Civil Veterinary Dept. Bombay admin report 1914-1922 - 1914-1922
Year: 1914
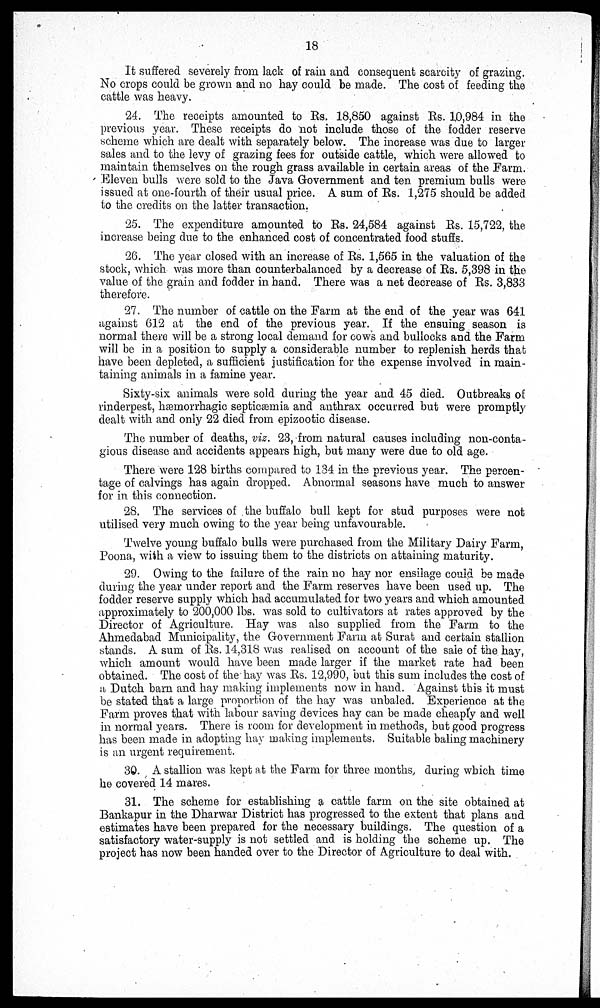
18
It suffered severely from lack of rain and consequent scarcity of grazing.
No crops could be grown and no hay could be made. The cost of feeding the
cattle was heavy.
24. The receipts amounted to Rs. 18,850 against Rs. 10,984 in the
previous year. These receipts do not include those of the fodder reserve
scheme which are dealt with separately below. The increase was due to larger
sales and to the levy of grazing fees for outside cattle, which were allowed to
maintain themselves on the rough grass available in certain areas of the Farm.
Eleven bulls were sold to the Java Government and ten premium bulls were
issued at one-fourth of their usual price. A sum of Rs. 1,275 should be added
to the credits on the latter transaction.
25. The expenditure amounted to Rs. 24,584 against Rs. 15,722, the
increase being due to the enhanced cost of concentrated food stuffs.
26. The year closed with an increase of Rs. 1,565 in the valuation of the
stock, which was more than counterbalanced by a decrease of Rs. 5,398 in the
value of the grain and fodder in hand. There was a net decrease of Rs. 3,833
therefore.
27. The number of cattle on the Farm at the end of the year was 641
against 612 at the end of the previous year. If the ensuing season is
normal there will be a strong local demand for cows and bullocks and the Farm
will be in a position to supply a considerable number to replenish herds that
have been depleted, a sufficient justification for the expense involved in main-
taining animals in a famine year.
Sixty-six animals were sold during the year and 45 died. Outbreaks of
rinderpest, hæmorrhagic septicæmia and anthrax occurred but were promptly
dealt with and only 22 died from epizootic disease.
The number of deaths, viz. 23, from natural causes including non-conta-
gious disease and accidents appears high, but many were due to old age.
There were 128 births compared to 134 in the previous year. The percen-
tage of calvings has again dropped. Abnormal seasons have much to answer
for in this connection.
28. The services of the buffalo bull kept for stud purposes were not
utilised very much owing to the year being unfavourable.
Twelve young buffalo bulls were purchased from the Military Dairy Farm,
Poona, with a view to issuing them to the districts on attaining maturity.
29. Owing to the failure of the rain no hay nor ensilage could be made
during the year under report and the Farm reserves have been used up. The
fodder reserve supply which had accumulated for two years and which amounted
approximately to 200,000 lbs. was sold to cultivators at rates approved by the
Director of Agriculture. Hay was also supplied from the Farm to the
Ahmedabad Municipality, the Government Farm at Surat and certain stallion
stands. A sum of Rs. 14,318 was realised on account of the sale of the hay,
which amount would have been made larger if the market rate had been
obtained. The cost of the hay was Rs. 12,990, but this sum includes the cost of
a Dutch barn and hay making implements now in hand. Against this it must
be stated that a large proportion of the hay was unbaled. Experience at the
Farm proves that with labour saving devices hay can be made cheaply and well
in normal years. There is room for development in methods, but good progress
has been made in adopting hay making implements. Suitable baling machinery
is an urgent requirement.
30. A stallion was kept at the Farm for three months, during which time
he covered 14 mares.
31. The scheme for establishing a cattle farm on the site obtained at
Bankapur in the Dharwar District has progressed to the extent that plans and
estimates have been prepared for the necessary buildings. The question of a
satisfactory water-supply is not settled and is holding the scheme up. The
project has now been handed over to the Director of Agriculture to deal with.